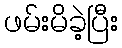
ဖမ်းမိခဲ့ပြီး